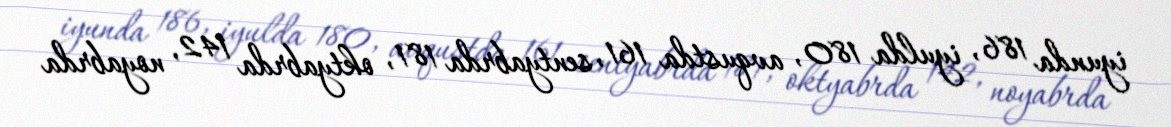
iyunda 186, iyulda 180, avqustda 161, sentyabrda 181, oktyabrda 142, noyabrda